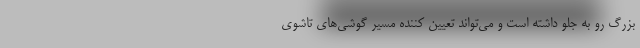
بزرگ رو به جلو داشته است و می‌تواند تعیین کننده مسیر گوشی‌های تاشوی